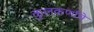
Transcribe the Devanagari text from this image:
कुलकर्णाचे